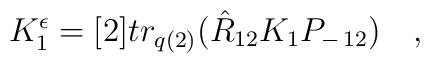
K_{1}^{\epsilon} = [2] tr_{q(2)} ( \hat{R}_{12} K_{1} P_{-\,12}) \quad,